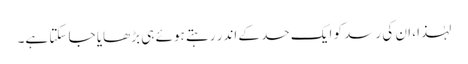
لہٰذا، ان کی رسد کو ایک حد کے اندر رہتے ہوئے ہی بڑھایا جا سکتا ہے۔